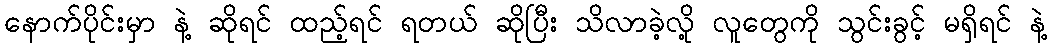
နောက်ပိုင်းမှာ နဲ့ ဆိုရင် ထည့်ရင် ရတယ် ဆိုပြီး သိလာခဲ့လို့ လူတွေကို သွင်းခွင့် မရှိရင် နဲ့